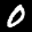
Label: 0